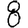
Digit: 8